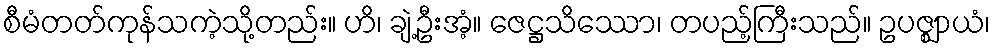
စီမံတတ်ကုန်သကဲ့သို့တည်း။ ဟိ၊ ချဲ့ဦးအံ့။ ဇေဋ္ဌသိဿော၊ တပည့်ကြီးသည်။ ဥပဇ္ဈာယံ၊